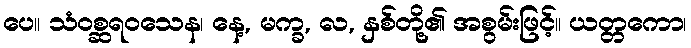
ပေ။ သံဝစ္ဆရဝသေန၊ နေ့, မက္ခ, လ, နှစ်တို့၏ အစွမ်းဖြင့်။ ယတ္တကော၊